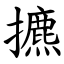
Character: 㩠